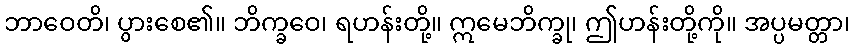
ဘာဝေတိ၊ ပွားစေ၏။ ဘိက္ခဝေ၊ ရဟန်းတို့။ ဣမေဘိက္ခု၊ ဤဟန်းတို့ကို။ အပ္ပမတ္တာ၊